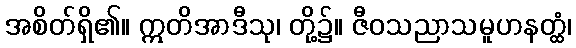
အစိတ်ရှိ၏။ ဣတိအာဒီသု၊ တို့၌။ ဇီဝသညာသမူဟနတ္ထံ၊